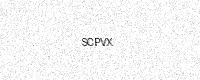
Text: SCPVX